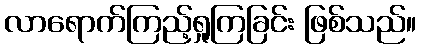
လာရောက်ကြည့်ရှုကြခြင်း ဖြစ်သည်။